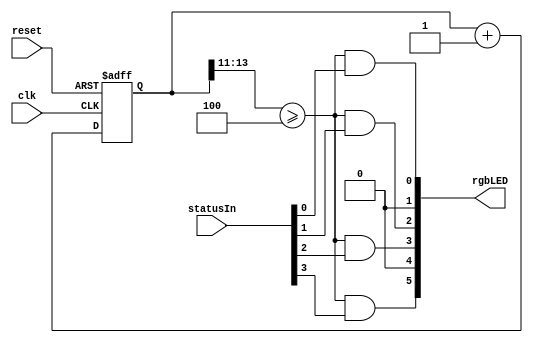
`timescale 1ns / 1ns
//////////////////////////////////////////////////////////////////////////////////
// Company: UCD School of Electrical and Electronic Engineering
// 
// Design Name:   Cortex-M0 DesignStart system
// Module Name:   status_ind 
// Description:   Drives two multi-colour LEDs to display status signals.
//			Brightness can be set with parameter.
//			statusIn bit 0 controls LED 1 red
//			         bit 1 controls LED 1 blue
//					 bit 2 controls LED 2 red
//                   bit 3 controls LED 2 blue
//
// Revision 0.01 - File Created
// Revision 1 - March 2018, tidied comments 
//
//////////////////////////////////////////////////////////////////////////////////
module status_ind(
    input clk,				// system bus clock - expected 50 MHz
    input reset,			// reset signal, active high
    input [3:0] statusIn,	// status signals to be displayed
    output [5:0] rgbLED		// output for multi-colour indicator LEDs
    );

    localparam [2:0] BRIGHTNESS = 3'd4; //  1 for bright, 7 for dim
    
// Counter to control PWM signals for LEDs, hence brightness
	reg [13:0] counter;    // 14-bit register, overflows ~3 kHz with 50 MHz clock
	
	always @ (posedge clk or posedge reset)
		if (reset)	counter <= 14'b0;	// reset counter
		else counter <= counter + 14'b1;  // increment counter
		
// Comparator to generate PWM signal
    wire pwm = (counter[13:11] >= BRIGHTNESS);
			
// Output signals
	assign rgbLED[0] = pwm & statusIn[0];	// LED 1 red
	assign rgbLED[1] = 1'b0;	            // LED 1 green
	assign rgbLED[2] = pwm & statusIn[1];	// LED 1 blue
	assign rgbLED[3] = pwm & statusIn[2];	// LED 2 red
	assign rgbLED[4] = 1'b0;	            // LED 2 green
	assign rgbLED[5] = pwm & statusIn[3];	// LED 2 blue

endmodule